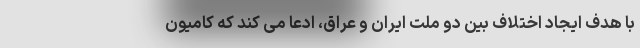
با هدف ایجاد اختلاف بین دو ملت ایران و عراق، ادعا می کند که کامیون